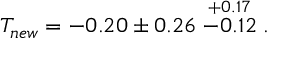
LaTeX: T _ { n e w } = - 0 . 2 0 \pm 0 . 2 6 \stackrel { + 0 . 1 7 } { - 0 . 1 2 } .